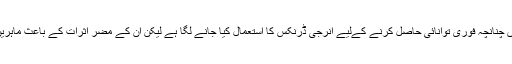
تاہم اس عمل میں دو سے تین گھنٹے لگ سکتے ہیں چنانچہ فوری توانائی حاصل کرنے کےلیے انرجی ڈرنکس کا استعمال کیا جانے لگا ہے لیکن ان کے مضر اثرات کے باعث ماہرین انرجی ڈرنکس کے استعمال سے منع کرتے ہیں۔